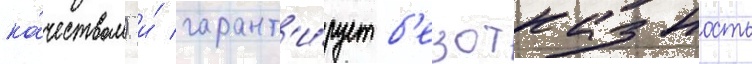
ка́чеством) и́ гарант'и́рует б'езотказность